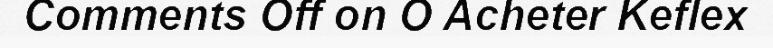
Comments Off on O Acheter Keflex